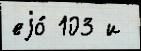
еjо́ 103 и